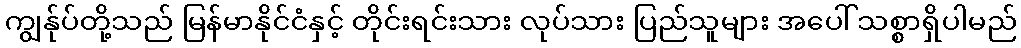
ကျွန်ုပ်တို့သည် မြန်မာနိုင်ငံနှင့် တိုင်းရင်းသား လုပ်သား ပြည်သူများ အပေါ် သစ္စာရှိပါမည်